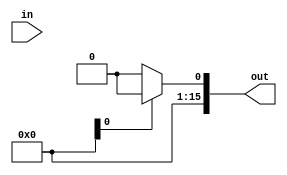
module MUX # ( parameter WL = 16 )
(
    input [WL - 1 : 0] in,
    output [WL - 1 : 0] out
);
    
    assign out = top.answer_CLK ? 0 : top.MAC_reg.out;
    
    
endmodule